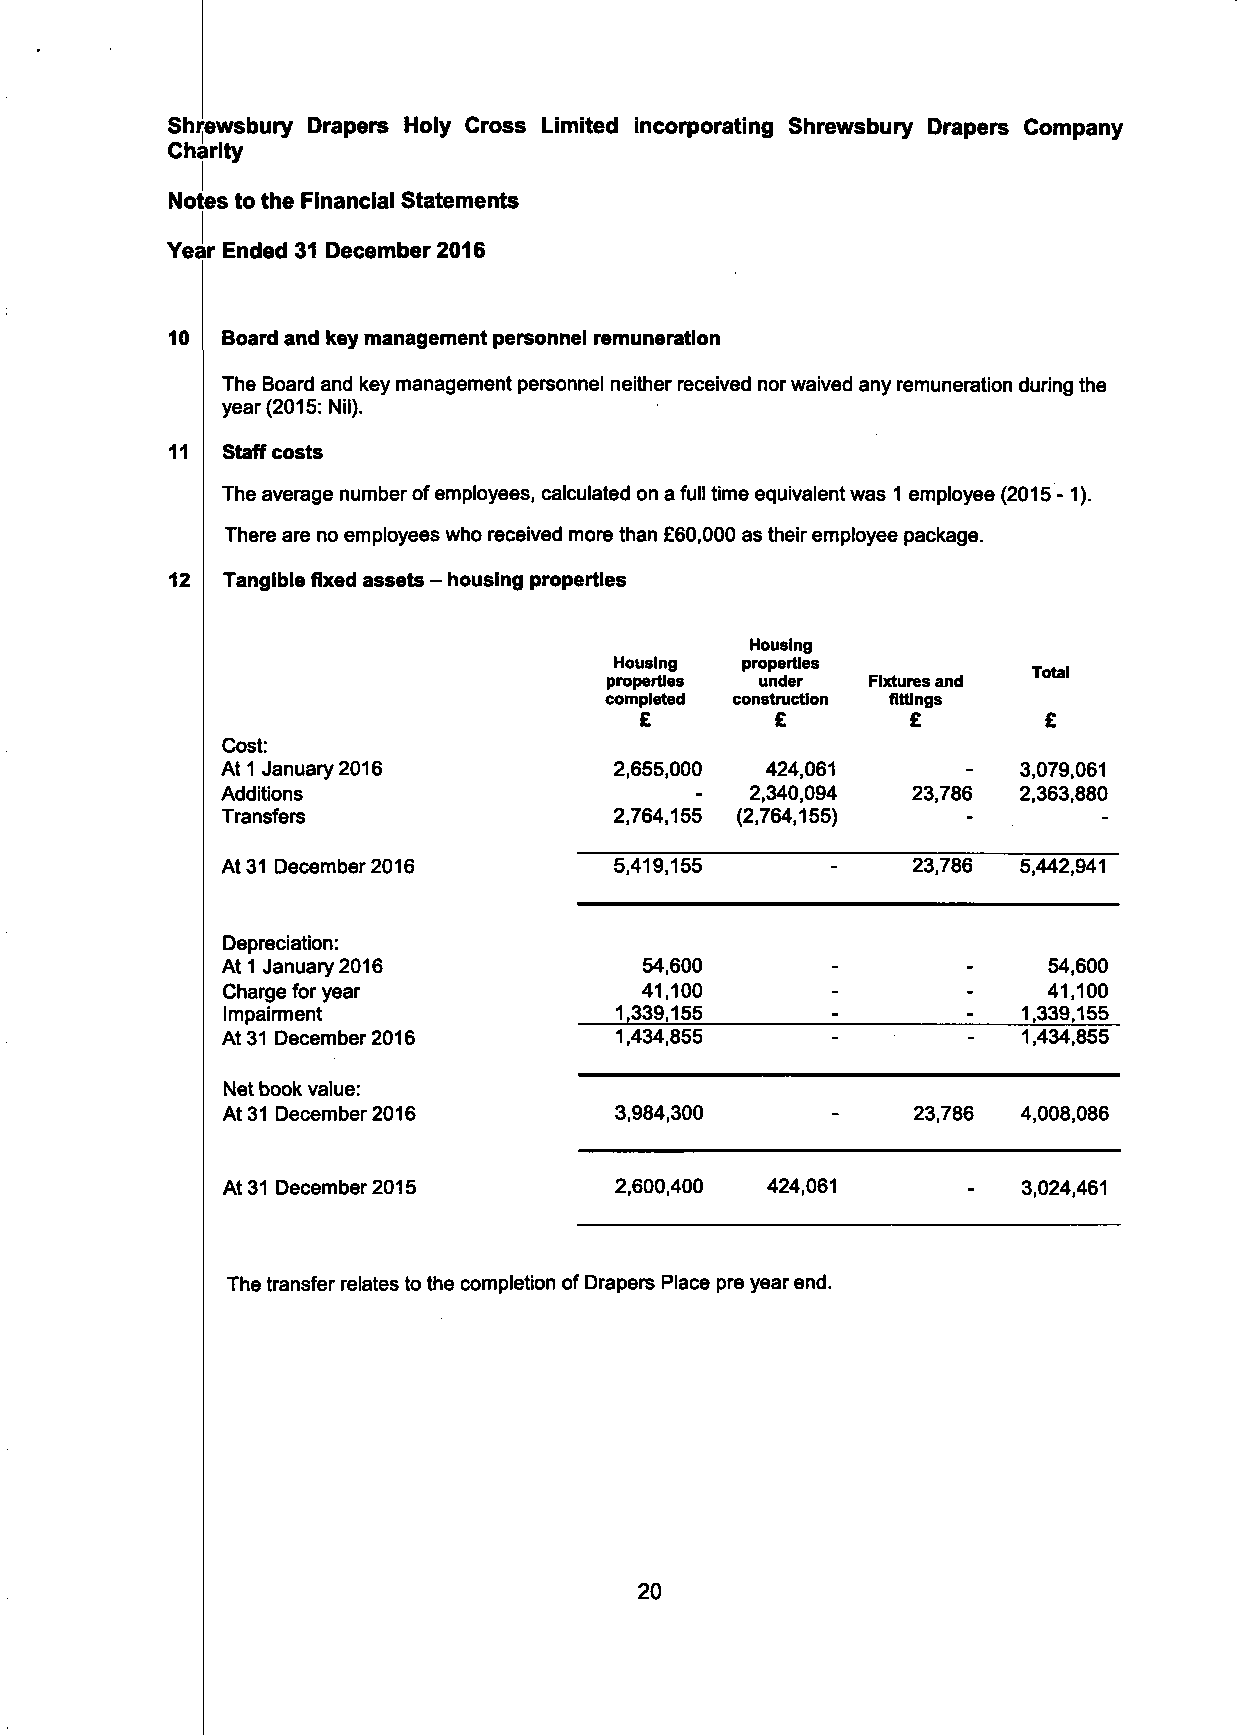
Shrewsbury Drapers Holy Cross Limited incorporating Shrewsbury Drapers Company
 Charity
 Notes to the Financial Statements
 Year Ended 31 December 2016
 10  Board and key management personnel remuneration
 The Board and key management personnel neither received nor waived any remuneration during the
 year (2015: Nil).
 11  Staff costs
 The average number of employees, calculated on a full time equivalent was 1 employee (2015 -1).
 There are no employees who received more than £60,000 as their employee package.
 12  Tangible fixed assets - housing properties
 Housing
 Housing properties
 Tntal
 properties under  Fixtures and 1 UUU
 completed construction flttings
 £        £        £        £
 Cost:
 At 1 January 2016         2,655,000 424,061      -  3,079,061
 Additions                      -   2,340,094 23,786 2,363,880
 Transfers                 2,764,155 (2,764,155)  -        -
 At 31 December 2016       5,419,155          23,786 5,442,941
 Depreciation:
 At 1 January 2016           54,600               -    54,600
 Charge for year            41,100       -        -    41,100
 Impairment                1,339,155     -        -   1,339,155
 At 31 December 2016       1,434,855     -        -   1,434,855
 Net book value:
 At 31 December 2016       3,984,300          23,786  4,008,086
 At 31 December 2015       2,600,400 424,061      -   3,024,461
 The transfer relates to the completion of Drapers Place pre year end.
 20